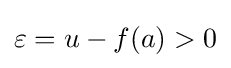
\varepsilon =u-f(a)>0